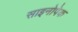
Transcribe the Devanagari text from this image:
साइनोपेक